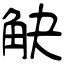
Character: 觖